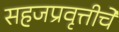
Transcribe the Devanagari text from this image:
सहजप्रवृत्तीचे